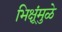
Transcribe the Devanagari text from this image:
भिक्षूंमुळे